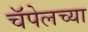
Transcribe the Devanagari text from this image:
चॅपेलच्या